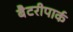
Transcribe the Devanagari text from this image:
बैटरीपार्क